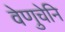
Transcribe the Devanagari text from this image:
वेणुचेनि